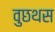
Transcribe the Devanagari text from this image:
वुछथस